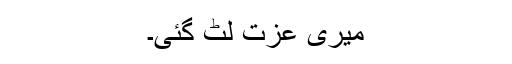
میری عزت لٹ گئی۔